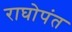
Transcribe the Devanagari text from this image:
राघोपंत